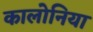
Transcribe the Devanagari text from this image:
कालोनिया